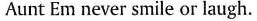
Aunt Em never smile or laugh.